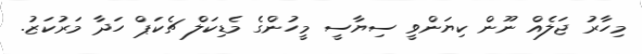
މިހާރު ޖަލެއް ނޫން ކިޔަންވީ ސިޔާސީ މީހުންގެ މެޑިކަލް ޗެކަޕް ހަދާ މަރުކަޒު.